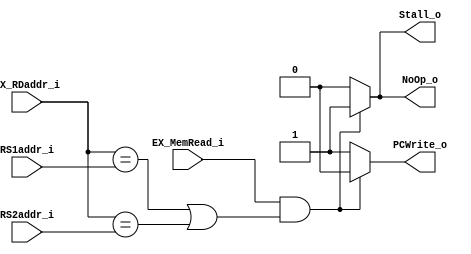
module Hazard_Detection
(
    RS1addr_i,
    RS2addr_i,
    EX_MemRead_i,
    EX_RDaddr_i,
    
    NoOp_o,
    Stall_o,
    PCWrite_o
);

// Ports
input   [4:0]       RS1addr_i;
input   [4:0]       RS2addr_i;
input               EX_MemRead_i;
input   [4:0]       EX_RDaddr_i;

output              NoOp_o;
output              Stall_o;
output              PCWrite_o;

reg                 NoOp_o;
reg                 Stall_o;
reg                 PCWrite_o;

always@(RS1addr_i or RS2addr_i or EX_MemRead_i or EX_RDaddr_i) begin
    NoOp_o =    1'b0;
    Stall_o =   1'b0;
    PCWrite_o = 1'b1;
    if (EX_MemRead_i && ((EX_RDaddr_i == RS1addr_i) || (EX_RDaddr_i == RS2addr_i))) begin
        // Stall the pipeline
        NoOp_o =    1'b1;
        Stall_o =   1'b1;
        PCWrite_o = 1'b0;
    end
end

endmodule